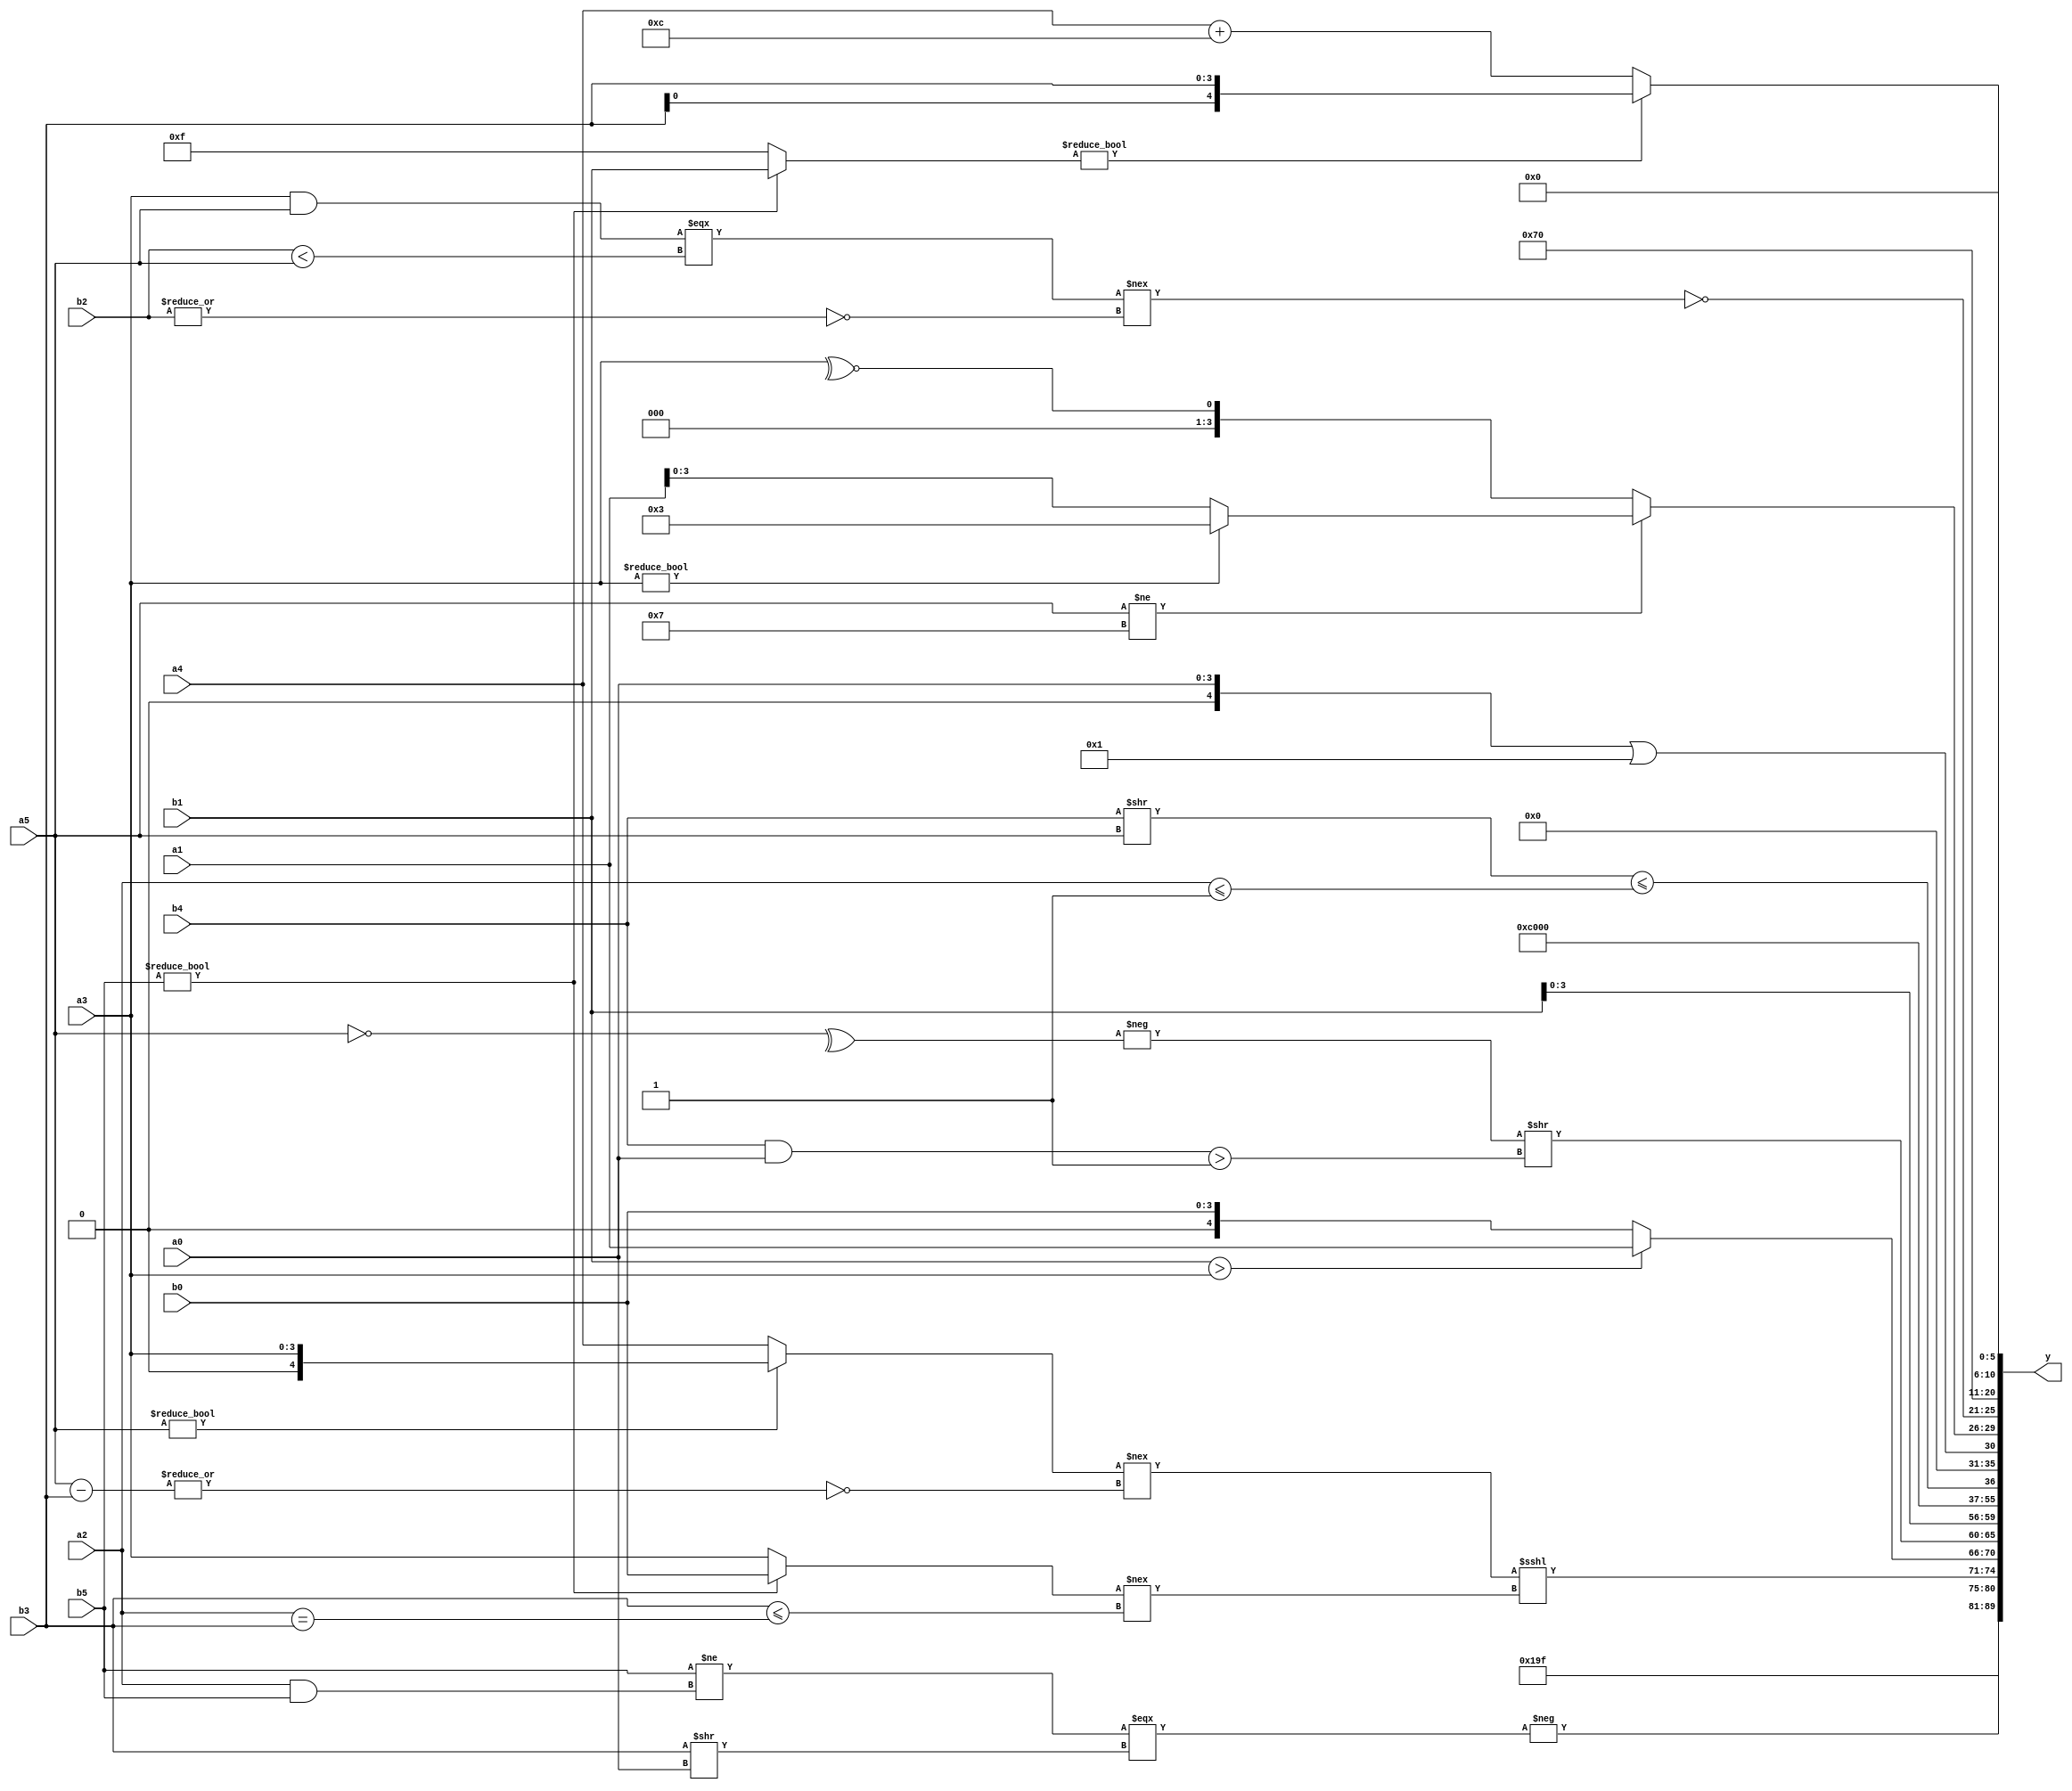
module expression_00143(a0, a1, a2, a3, a4, a5, b0, b1, b2, b3, b4, b5, y);
  input [3:0] a0;
  input [4:0] a1;
  input [5:0] a2;
  input signed [3:0] a3;
  input signed [4:0] a4;
  input signed [5:0] a5;

  input [3:0] b0;
  input [4:0] b1;
  input [5:0] b2;
  input signed [3:0] b3;
  input signed [4:0] b4;
  input signed [5:0] b5;

  wire [3:0] y0;
  wire [4:0] y1;
  wire [5:0] y2;
  wire signed [3:0] y3;
  wire signed [4:0] y4;
  wire signed [5:0] y5;
  wire [3:0] y6;
  wire [4:0] y7;
  wire [5:0] y8;
  wire signed [3:0] y9;
  wire signed [4:0] y10;
  wire signed [5:0] y11;
  wire [3:0] y12;
  wire [4:0] y13;
  wire [5:0] y14;
  wire signed [3:0] y15;
  wire signed [4:0] y16;
  wire signed [5:0] y17;

  output [89:0] y;
  assign y = {y0,y1,y2,y3,y4,y5,y6,y7,y8,y9,y10,y11,y12,y13,y14,y15,y16,y17};

  localparam [3:0] p0 = {(5'd25),(2'd2)};
  localparam [4:0] p1 = (3'd0);
  localparam [5:0] p2 = ((((2'sd0)>>>(5'd31))<=(^((3'sd3)^~(-2'sd1))))<<<((!((3'd5)==(5'd14)))!==(^{(2'sd0),(4'd4)})));
  localparam signed [3:0] p3 = (3'd3);
  localparam signed [4:0] p4 = (~{1{(~{3{(|(!(2'd2)))}})}});
  localparam signed [5:0] p5 = {2{{4{(4'd8)}}}};
  localparam [3:0] p6 = (~&((~|(5'd16))|{(2'd0)}));
  localparam [4:0] p7 = (|(+{1{(!(((2'd2)&&(2'd3))<{2{(-2'sd1)}}))}}));
  localparam [5:0] p8 = ((-4'sd4)?({(3'sd3)}+((2'd0)<<<(2'd1))):(4'd5));
  localparam signed [3:0] p9 = {2{(-5'sd4)}};
  localparam signed [4:0] p10 = (|(5'sd12));
  localparam signed [5:0] p11 = {{(5'd16),(5'd18)},(~(5'd28)),(~&(4'sd3))};
  localparam [3:0] p12 = (~(((-2'sd1)?(-4'sd5):(5'sd1))?((-3'sd2)?(3'd0):(2'd3)):(~&(3'd5))));
  localparam [4:0] p13 = (^(-(!(~^(~^(|(~(!(((-2'sd0)!=(4'd4))&&((-4'sd3)|(2'd1)))))))))));
  localparam [5:0] p14 = {({2{{4{(-2'sd1)}}}}>({4{(3'sd2)}}>>>{(-3'sd2),(3'd5)}))};
  localparam signed [3:0] p15 = ({((3'sd1)?(3'd0):(-2'sd1))}?{{4{(5'd9)}}}:({(2'sd1),(-3'sd3),(-4'sd6)}?{1{(5'd19)}}:{1{(5'd2)}}));
  localparam signed [4:0] p16 = ((-(((-4'sd0)?(3'd6):(5'sd1))&&((2'sd1)|(4'sd5))))&((2'sd1)^~((5'sd2)>>(-2'sd0))));
  localparam signed [5:0] p17 = (((~|(5'sd13))<{(4'd15)})?(((2'sd1)?(3'd0):(2'd1))==((5'sd14)==(4'd9))):(3'sd3));

  assign y0 = {3{(~p8)}};
  assign y1 = (-({p10,p13,p15}?$unsigned((p14?p17:p8)):{(p11|p10),(p2)}));
  assign y2 = (-((((b5)!=(a2&&b5)))===($signed((+b3))>>((a0)))));
  assign y3 = (((a5?a3:a4)!==(~|((a5-b3))))<<<($signed($signed((b5?b0:a3)))!==($signed(b3)<=(a2==b3))));
  assign y4 = ((~^(b1>a3))?(p7?b2:b0):(p16?a1:a5));
  assign y5 = ((-(^(~a5)))>>((b4&a0)>(b4===b4)));
  assign y6 = {4{{{p15,b1}}}};
  assign y7 = (-(-4'sd3));
  assign y8 = ((-3'sd0));
  assign y9 = (4'd2 * p7);
  assign y10 = (~|(((b4>>a5)<=(a2<=p14))!=(+((-3'sd3)!=$unsigned(p0)))));
  assign y11 = ((p13?p7:a0)||(p12?p14:p10));
  assign y12 = ((a5!=p11)?(a3?p15:a1):(~^a3));
  assign y13 = (~{(((a3&a5)===(b2<a5))!==(~&(!(~|b2))))});
  assign y14 = (+(3'd7));
  assign y15 = (^{4{(&{3{p17}})}});
  assign y16 = ((b5?b1:p12)?{4{b3}}:(a4+p9));
  assign y17 = ((3'sd0)<<<(5'sd8));
endmodule